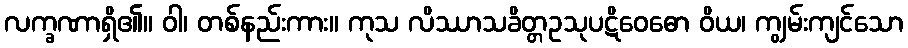
လက္ခဏာရှိ၏။ ဝါ၊ တစ်နည်းကား။ ကုသ လိဿာသခိတ္တဥသုပဋိဝေဓော ဝိယ၊ ကျွမ်းကျင်သော